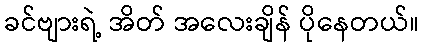
ခင်ဗျားရဲ့ အိတ် အလေးချိန် ပိုနေတယ်။